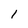
Character: 1